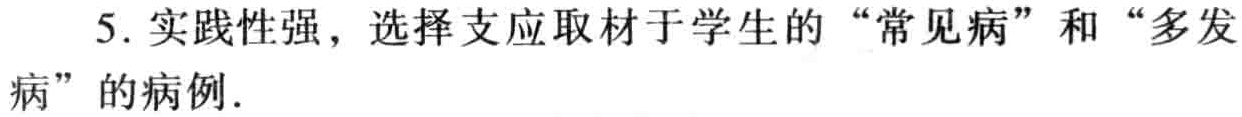
5. 实践性强，选择支应取材于学生的“常见病”和“多发病”的病例.